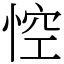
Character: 悾